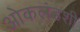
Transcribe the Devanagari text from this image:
ओकलंडशी